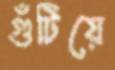
গুঁটিয়ে